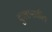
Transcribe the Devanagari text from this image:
दुःखान्तकीय